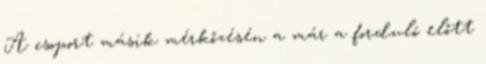
A csoport másik mérkőzésén a már a forduló előtt